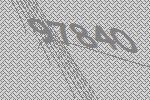
97840